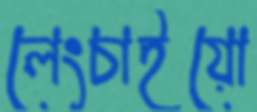
লেংচাইয়ো